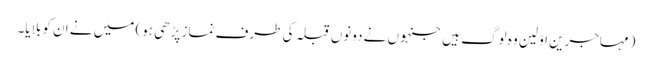
(مہاجرین اوّلین وہ لوگ ہیں جنہوں نے دونوں قبلہ کی طرف نماز پڑھی ہو) میں نے ان کو بلایا۔